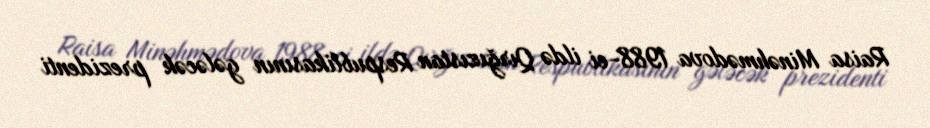
Raisa Minəhmədova 1988-ci ildə Qırğızıstan Respublikasının gələcək prezidenti